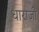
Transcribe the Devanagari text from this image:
धाराजी